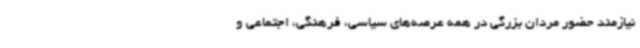
نیازمند حضور مردان بزرگی در همه عرصه‌های سیاسی، فرهنگی، اجتماعی و